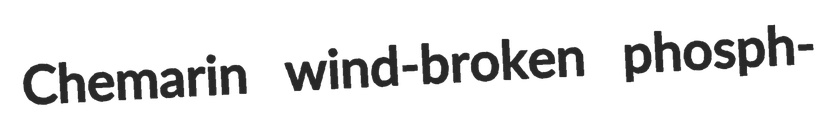
Chemarin wind-broken phosph-